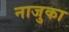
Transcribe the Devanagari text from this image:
नाजुका